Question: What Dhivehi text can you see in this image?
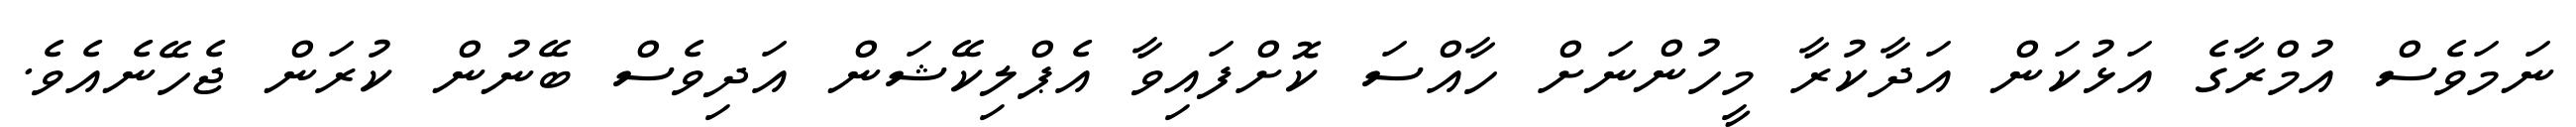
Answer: ނަމަވެސް އުމްރާގެ އަޅުކަން އަދާކުރާ މީހުންނަށް ހާއްސަ ކޮށްފައިވާ އެޕްލިކޭޝަން އަދިވެސް ބޭނުން ކުރަން ޖެހޭނެއެވެ.